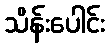
သိန်းပေါင်း